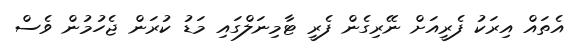
އެތައް އިރަކު ފެރީއަށް ނޭރިގެން ފެރީ ޓާމިނަލްގައި މަޑު ކުރަން ޖެހުމުން ވެސް